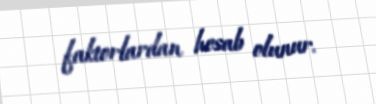
faktorlardan hesab olunur.